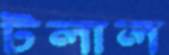
টলাল